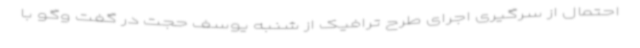
احتمال از سرگیری اجرای طرح ترافیک از شنبه یوسف حجت در گفت وگو با